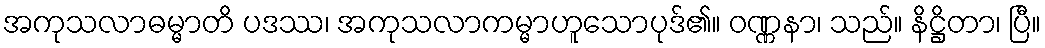
အကုသလာဓမ္မာတိ ပဒဿ၊ အကုသလာကမ္မာဟူသောပုဒ်၏။ ဝဏ္ဏနာ၊ သည်။ နိဋ္ဌိတာ၊ ပြီ။